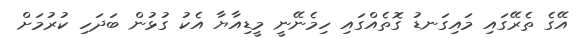
އޭގެ ތެރޭގައި މައިގަނޑު ގޮތެއްގައި ހިމެނޭނީ މީޑިއާޔާ އެކު ގުޅުން ބަދަހި ކުރުމަށް